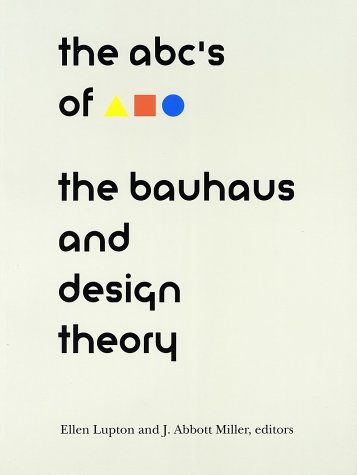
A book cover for The ABC's of Bauhaus, The Bauhaus and Design Theory; Ellen Lupton; Arts & Photography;